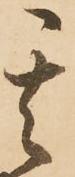
其